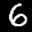
Label: 6